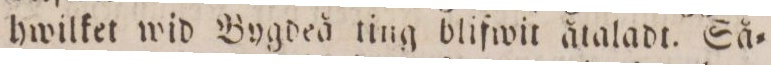
hwilket wid Bygdeå ting blifwit åtaladt. Så=